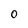
Character: O